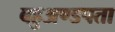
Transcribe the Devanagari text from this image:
बहुअण्डपता